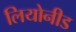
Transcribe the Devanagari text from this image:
लियोनीड